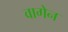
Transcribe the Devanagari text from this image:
वागेन